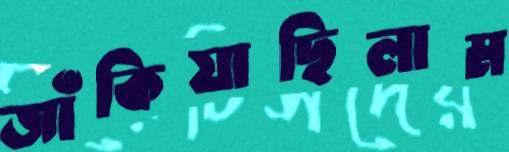
জাঁকিয়াছিলাম